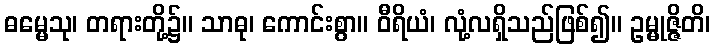
ဓမ္မေသု၊ တရားတို့၌။ သာဓု၊ ကောင်းစွာ။ ဝီရိယံ၊ လုံ့လရှိသည်ဖြစ်၍။ ဥမ္မုဇ္ဇိတိ၊